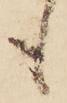
も